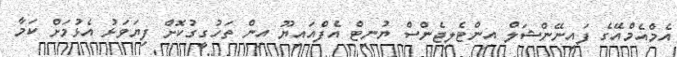
އެމްއެމްއޭގެ ފައިނޭންޝަލް އިންޓެލިޖެންސް ޔުނިޓް އެފްއައިޔޫ އިން ތަހުގީގުކޮށް ފިޔަވަޅު އެޅުމަށް ކަމާ